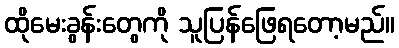
ထိုမေးခွန်းတွေကို သူပြန်ဖြေရတော့မည်။